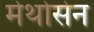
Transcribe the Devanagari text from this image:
मेथोसेन